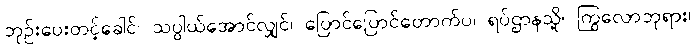
ဘုဉ်းပေးတင့်ခေါင်၊ သပ္ပါယ်အောင်လျှင်၊ ပြောင်ပြောင်တောက်ပ၊ ရပ်ဌာနသို့၊ ကြွလောဘုရား၊